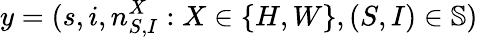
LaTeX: y=(s,i,n_{S,I}^{X}:X\in\{ H,W\} ,(S,I)\in\mathbb{S})